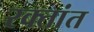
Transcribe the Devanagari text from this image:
रक्तांत